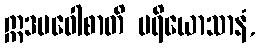
ဣဒမဝေါစာတိ ပရိယောသာနံ,